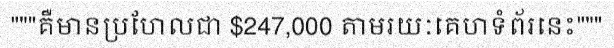
"""គឺមានប្រហែលជា $247,000 តាមរយៈគេហទំព័រនេះ"""